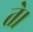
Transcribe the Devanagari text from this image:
ते।